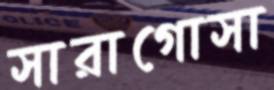
সারাগোসা